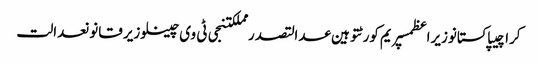
کراچیپاکستانوزیراعظمسپریم کورٹتوہین عدالتصدر مملکتنجی ٹی وی چینلوزیر قانونعدالت